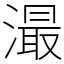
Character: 㵊